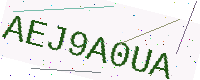
Text: AEJ9A0UA